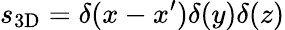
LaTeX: s_{\mathrm{3D}}=\delta(x-x^{\prime})\delta(y)\delta(z)